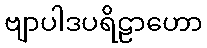
ဗျာပါဒပရိဠာဟော